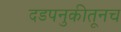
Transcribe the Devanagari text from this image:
दडपनुकीतूनच